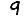
Digit: 9